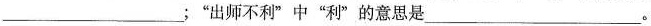
___；”出师不利”中”利”的意思是___。